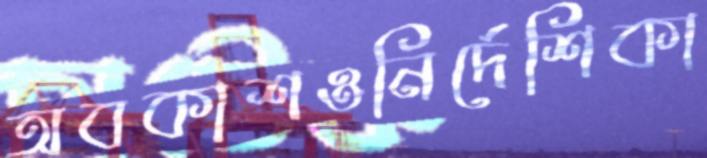
অবকাশওনির্দেশিকা